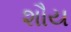
શૌય